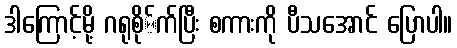
ဒါကြောင့်မို့ ဂရုစို်က်ပြီး စကားကို ပီသအောင် ပြောပါ။